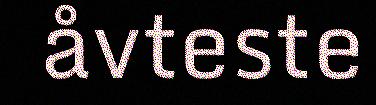
åvteste